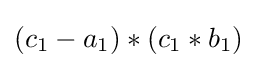
(c_{1}-a_{1})*(c_{1}*b_{1})